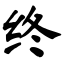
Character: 终